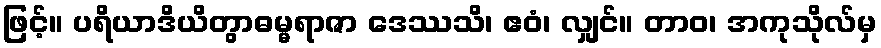
ဖြင့်။ ပရိယာဒိယိတွာဓမ္မရာဇာ ဒေဿသိ၊ ဧဝံ၊ လျှင်။ တာဝ၊ အကုသိုလ်မှ